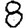
Digit: 8